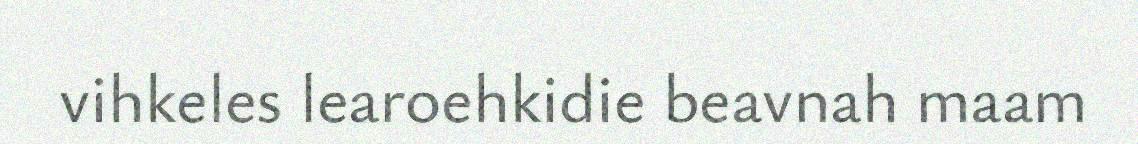
vihkeles learoehkidie beavnah maam